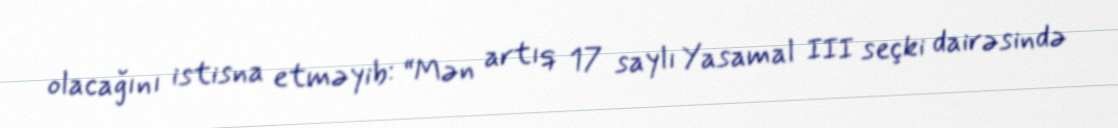
olacağını istisna etməyib: “Mən artıq 17 saylı Yasamal III seçki dairəsində